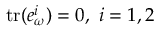
\mathrm { t r } ( e _ { \omega } ^ { i } ) = 0 , \ i = 1 , 2